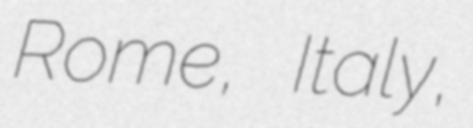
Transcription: Rome, Italy,